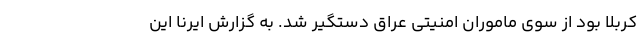
کربلا بود از سوی ماموران امنیتی عراق دستگیر شد. به گزارش ایرنا این